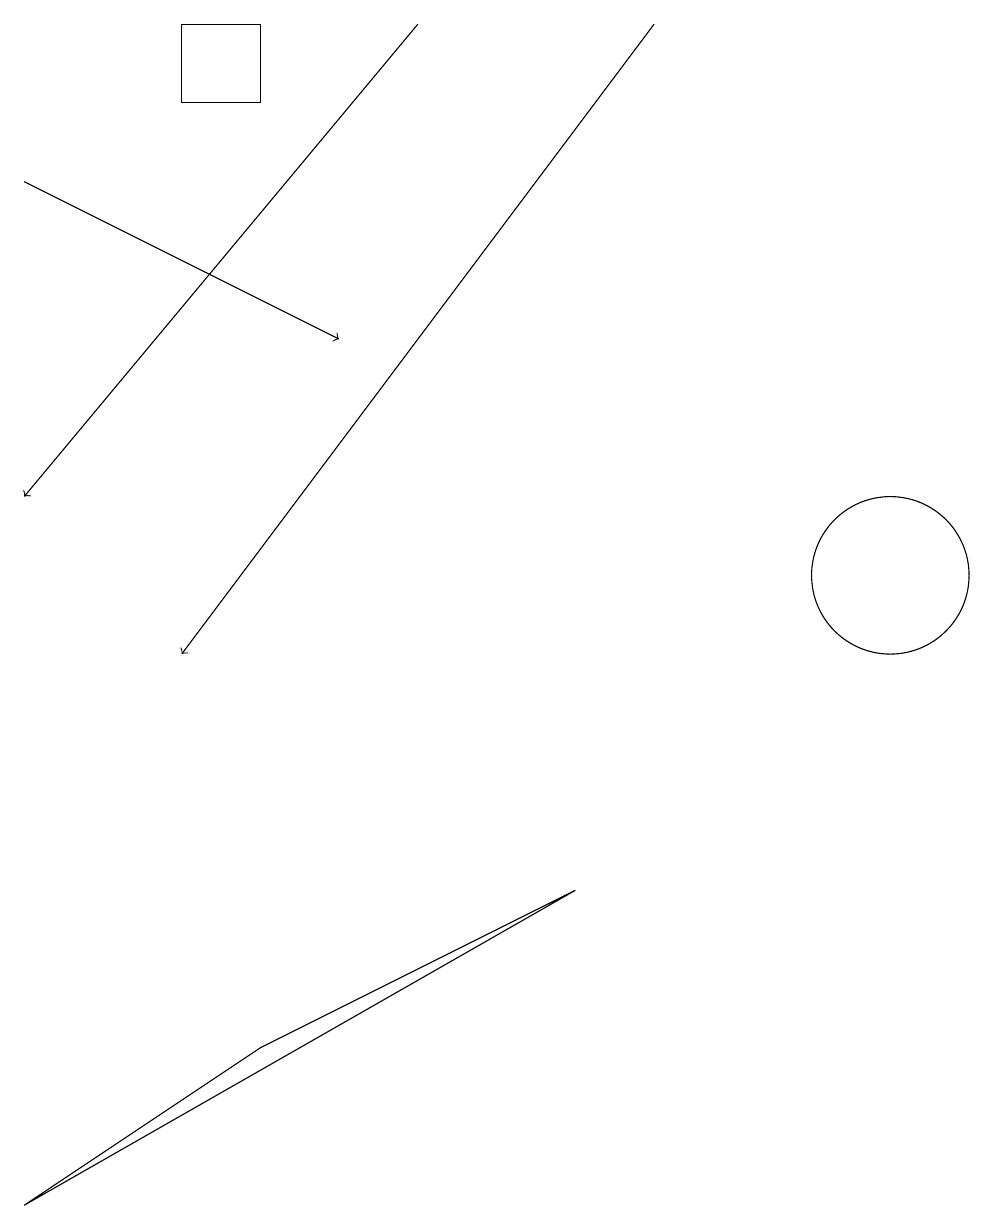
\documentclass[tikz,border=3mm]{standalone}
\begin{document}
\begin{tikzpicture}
\draw[->] (8,18) -- (2,10);
\draw (0,3) -- (3,5) -- (7,7) -- cycle;
\draw (2,18) rectangle (3,17);
\draw[->] (5,18) -- (0,12);
\draw[->] (0,16) -- (4,14);
\draw (11,11) circle (1);
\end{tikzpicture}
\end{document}